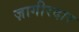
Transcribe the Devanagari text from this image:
ज़ागीरदार